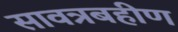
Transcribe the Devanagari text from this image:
सावत्रबहीण